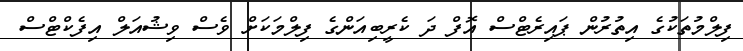
ފިލްމުތަކުގެ އިތުރުން ޕައިރެޓްސް އޮފް ދަ ކެރީބިއަންގެ ފިލްމަކަށް ވެސް ވިޝުއަލް އިފެކްޓްސް